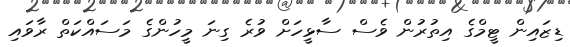
ޑިޒައިން ޓީމްގެ އިތުރުން ވެސް ސާޅީހަށް ވުރެ ގިނަ މީހުންގެ މަސައްކަތް ރާވައި